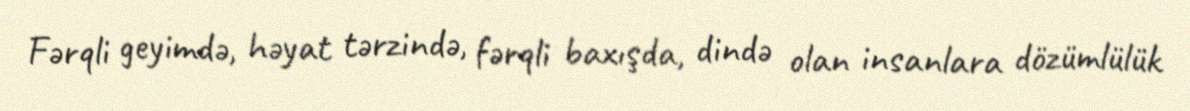
Fərqli geyimdə, həyat tərzində, fərqli baxışda, dində olan insanlara dözümlülük